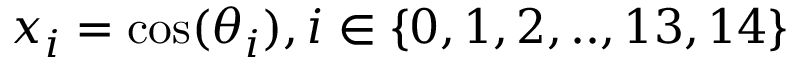
x _ { i } = \cos ( \theta _ { i } ) , i \in \{ 0 , 1 , 2 , . . , 1 3 , 1 4 \}